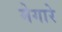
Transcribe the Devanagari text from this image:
मेगारे